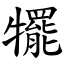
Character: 犤